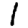
Digit: 1